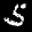
Label: 5